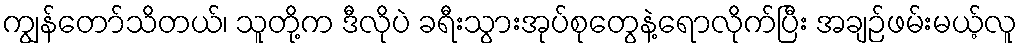
ကျွန်တော်သိတယ်၊ သူတို့က ဒီလိုပဲ ခရီးသွားအုပ်စုတွေနဲ့ရောလိုက်ပြီး အချဉ်ဖမ်းမယ့်လူ